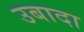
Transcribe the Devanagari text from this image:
उबादा